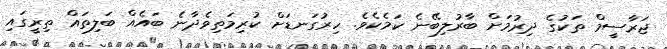
ޖަރާސީމް ތަކުގެ ދިރުމަށް ބާރުލިބޭނެ ކަމެކެވެ. ހިރުގަނޑަށް ކުރިމަތިވެދާނެ ބައެއް ބަލިތައް ތިރީގައި